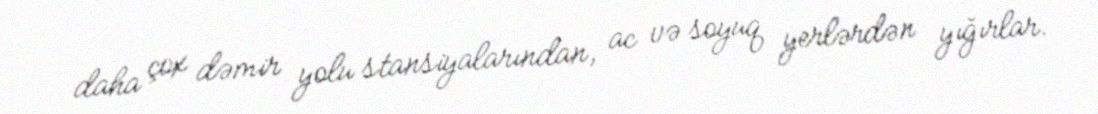
daha çox dəmir yolu stansiyalarından, ac və soyuq yerlərdən yığırlar.